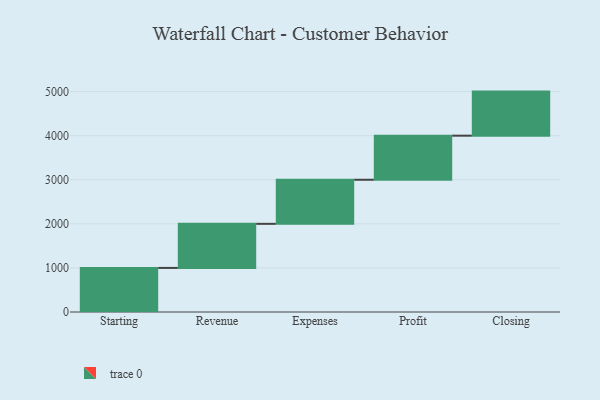
{"axis": {"x": "Step", "y": "Value"}, "legend": [""], "data": [{"x": "Starting", "y": 1000, "type": ""}, {"x": "Revenue", "y": 1000, "type": ""}, {"x": "Expenses", "y": 1000, "type": ""}, {"x": "Profit", "y": 1000, "type": ""}, {"x": "Closing", "y": 1000, "type": ""}]}